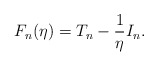
\begin{align*}F_n(\eta) = T_n - \frac{1}{\eta} I_n.\end{align*}